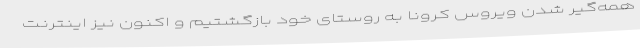
همه‌گیر شدن ویروس کرونا به روستای خود بازگشتیم و اکنون نیز اینترنت